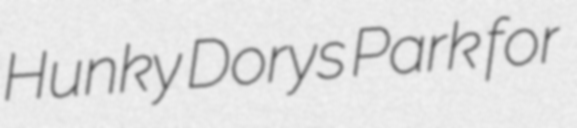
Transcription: Hunky Dorys Park for